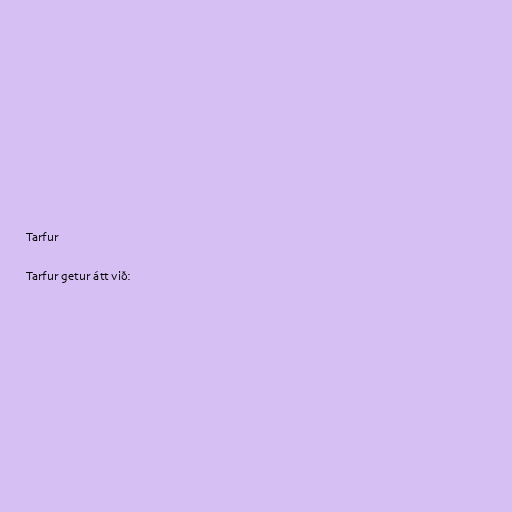
Tarfur

Tarfur getur átt við: